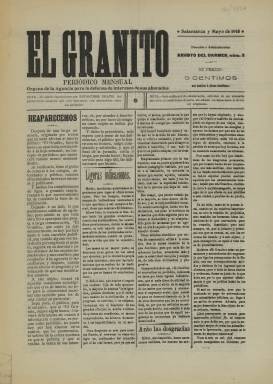
Título: El Granito (Salamanca)
Colección: Revistas de información general
Ámbito geográfico: Salamanca
Lugar de publicación: Salamanca
Fechas: 01/05/1910-31/05/1910